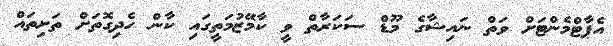
އެޕާޓްމެންޓަށް ވަތް ނައިޝާގެ މޫޑް ސަކަރާތް ވީ ކާމޭޒުމަތީގައި ކާން ހެދިގޮތަށް ތަށިތައް